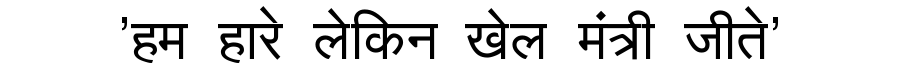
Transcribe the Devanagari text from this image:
'हम हारे लेकिन खेल मंत्री जीते'